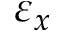
\varepsilon _ { x }